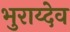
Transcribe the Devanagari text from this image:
भुराय्देव